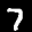
Label: 7